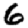
Digit: 6